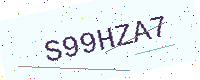
Text: S99HZA7